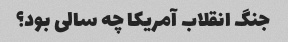
جنگ انقلاب آمریکا چه سالی بود؟